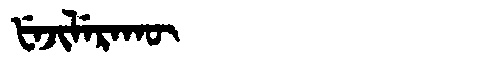
Manchu: ᡶᡝᠵᡳᠯᡝᡵᠠᡴᡡ
Romanization: FEJILERAKŪ